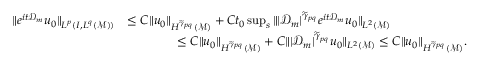
\begin{array} { r l r } { \| e ^ { i t \mathcal { D } _ { m } } u _ { 0 } \| _ { L ^ { p } ( I , L ^ { q } ( \mathcal { M } ) ) } } & { \leq C \| u _ { 0 } \| _ { H ^ { \widetilde { \gamma } _ { p q } } ( \mathcal { M } ) } + C t _ { 0 } \operatorname* { s u p } _ { s } \| | \mathcal { D } _ { m } | ^ { \widetilde { \gamma } _ { p q } } e ^ { i t \mathcal { D } _ { m } } u _ { 0 } \| _ { L ^ { 2 } ( \mathcal { M } ) } } & \\ & { \qquad \qquad \leq C \| u _ { 0 } \| _ { H ^ { \widetilde { \gamma } _ { p q } } ( \mathcal { M } ) } + C \| | \mathcal { D } _ { m } | ^ { \widetilde { \gamma } _ { p q } } u _ { 0 } \| _ { L ^ { 2 } ( \mathcal { M } ) } \leq C \| u _ { 0 } \| _ { H ^ { \widetilde { \gamma } _ { p q } } ( \mathcal { M } ) } . } \end{array}